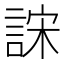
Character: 𰴺